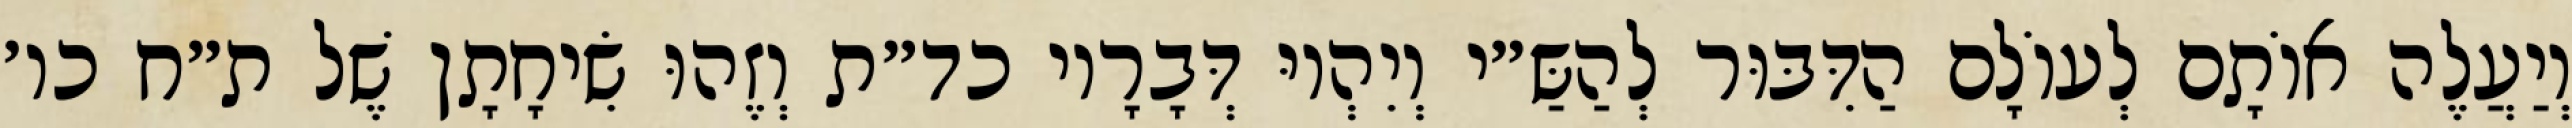
וְיַעֲלֶה אוֹתָם לְעוֹלָם הַדִּבּוּר לְהַשַּ״י וְיִהְיוּ דְּבָרָיו כד״ת וְזֶהוּ שִׂיחָתָן שֶׁל ת״ח כו׳